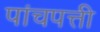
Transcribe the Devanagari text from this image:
पांचपत्ती